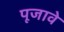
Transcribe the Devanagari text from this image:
पूजावे